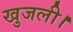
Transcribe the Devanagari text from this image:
खुजली।